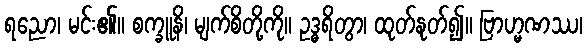
ရညော၊ မင်း၏။ စက္ခူနိ၊ မျက်စိတို့ကို။ ဥဒ္ဓရိတွာ၊ ထုတ်နုတ်၍။ ဗြာဟ္မဏဿ၊